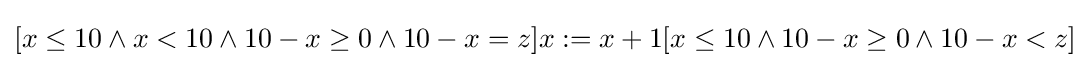
[x\leq 10\wedge x<10\wedge 10-x\geq 0\wedge 10-x=z]x:=x+1[x\leq 10\wedge 10-x\geq 0\wedge 10-x<z]